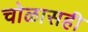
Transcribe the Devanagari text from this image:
चोळासही